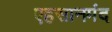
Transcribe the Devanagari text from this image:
एहसानमंद